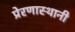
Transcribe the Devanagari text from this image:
प्रेरणास्थानी